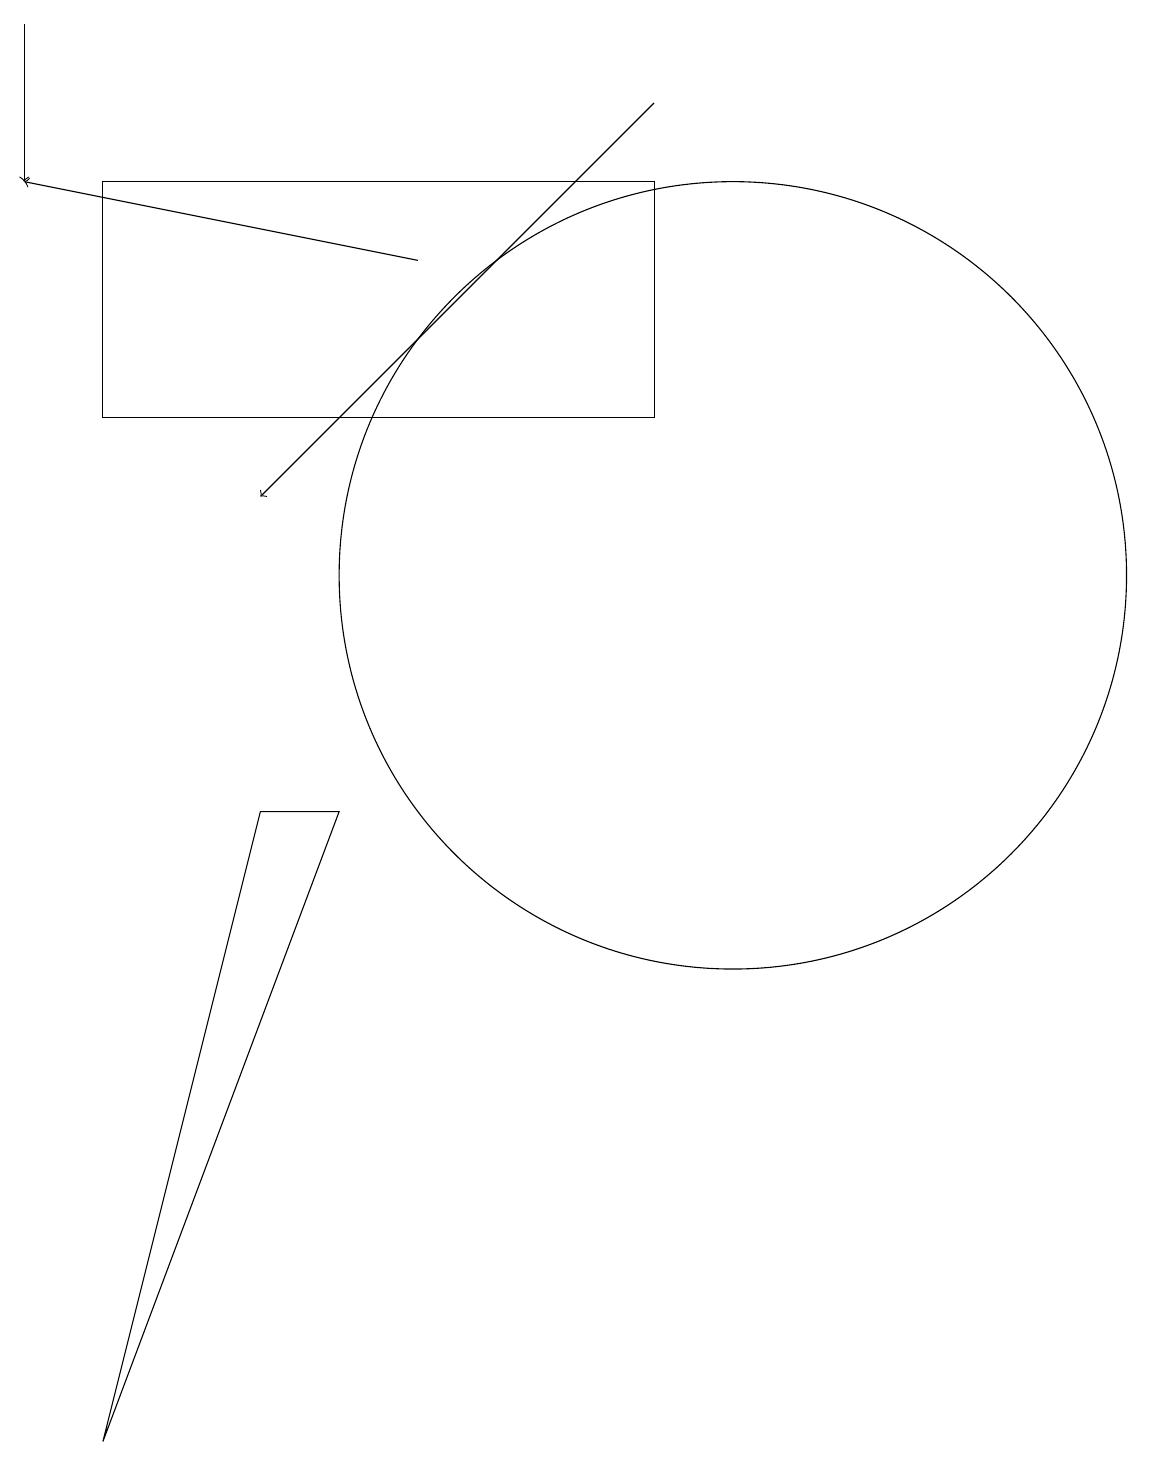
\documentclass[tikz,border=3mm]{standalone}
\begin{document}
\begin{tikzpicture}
\draw (2,13) rectangle (9,16);
\draw (4,8) -- (2,0) -- (5,8) -- cycle;
\draw (10,11) circle (5);
\draw[->] (1,18) -- (1,16);
\draw[->] (6,15) -- (1,16);
\draw[->] (9,17) -- (4,12);
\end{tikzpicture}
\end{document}